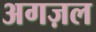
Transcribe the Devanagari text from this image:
अगज़ल